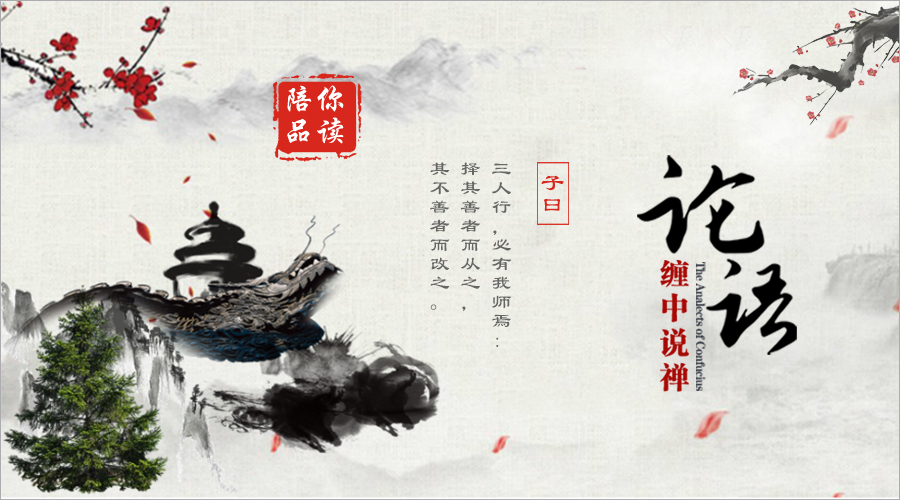
天地之大也，人犹有所憾。故君子语大，天下莫能载焉，语小，天下莫能破焉。